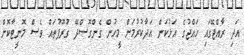
އަދި ރާއްޖޭގައި ހައްޖުގެ އަޅުކަން އަދާކުރުމަށް މީހުން ގެންގޮސްދޭ ގުރޫޕުތައް ވެސް މޮނީޓާކޮށް